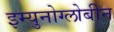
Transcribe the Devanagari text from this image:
इम्युनोग्लोबीन